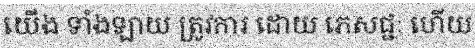
យើង ទាំងឡាយ ត្រូវការ ដោយ ភេសជ្ជៈ ហើយ